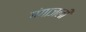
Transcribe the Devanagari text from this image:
गंगाजली